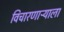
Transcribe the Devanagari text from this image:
विचारणाऱ्याला